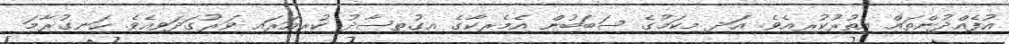
އުފެއްދުންތައް އިތުރުކުރިއެވެ. އަދި މިކަމުގެ ސަބަބުން އެމެރިކާގެ އިގުތިސާދު ކުރިއަރައި ވަރުގަދަވިއެވެ. ހަނގުރާމަ